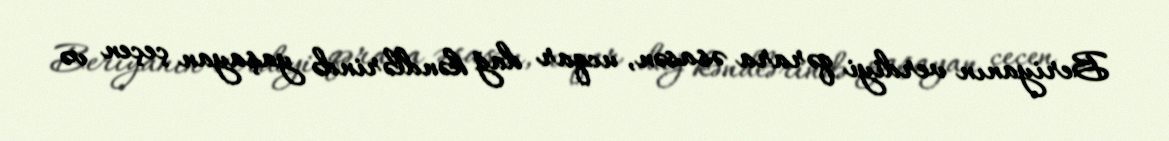
Beriyanın verdiyi qərara əsasən, ucqar dağ kəndlərində yaşayan çeçen və